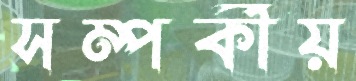
সম্পর্কীয়